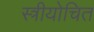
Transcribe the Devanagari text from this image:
स्त्रीयोचित